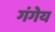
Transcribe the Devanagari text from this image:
गंगेय